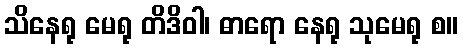
သိနေရု မေရု တိဒိဝါ၊ ဓာရော နေရု သုမေရု စ။